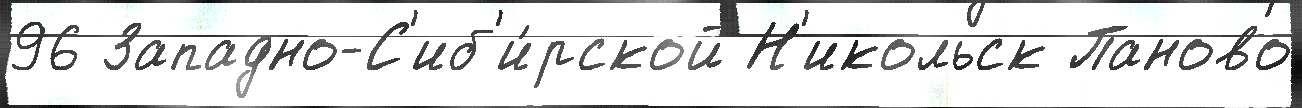
96 Западно-С'иб'и́рской Н'икольск Паново